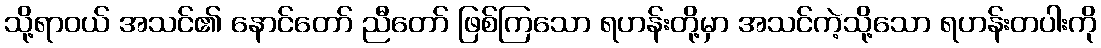
သို့ရာဝယ် အသင်၏ နောင်တော် ညီတော် ဖြစ်ကြသော ရဟန်းတို့မှာ အသင်ကဲ့သို့သော ရဟန်းတပါးကို